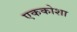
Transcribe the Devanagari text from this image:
एककोशा